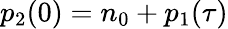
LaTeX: p_{2}(0)=n_{0}+p_{1}(\tau)